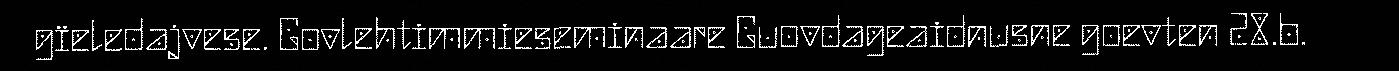
gïeledajvese. Govlehtimmieseminaare Guovdageaidnusne goevten 28.b.